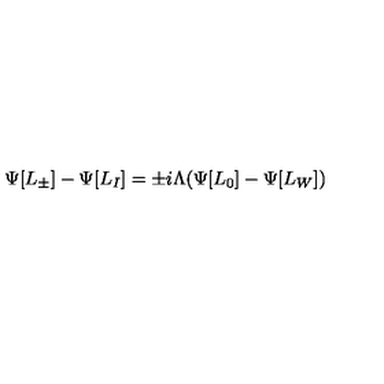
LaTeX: \Psi [ L _ { \pm } ] - \Psi [ L _ { I } ] = \pm i \Lambda ( \Psi [ L _ { 0 } ] - \Psi [ L _ { W } ] )